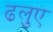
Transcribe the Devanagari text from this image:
ढलुए